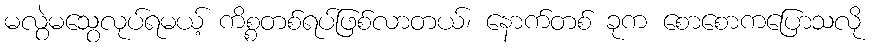
မလွဲမသွေလုပ်ရမယ့် ကိစ္စတစ်ရပ်ဖြစ်လာတယ်၊ နောက်တစ် ခုက စောစောကပြောသလို